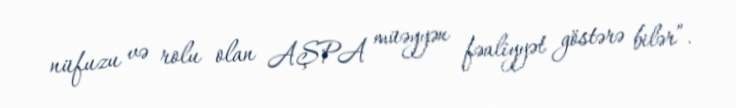
nüfuzu və rolu olan AŞPA müəyyən fəaliyyət göstərə bilər”.